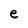
Character: e